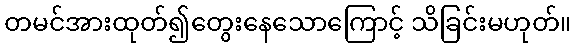
တမင်အားထုတ်၍တွေးနေသောကြောင့် သိခြင်းမဟုတ်။